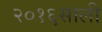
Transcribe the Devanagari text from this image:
२०१६साली